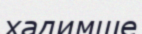
хадимше